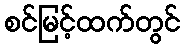
စင်မြင့်ထက်တွင်